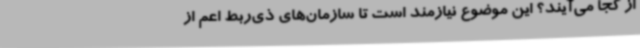
از کجا می‌آیند؟ این موضوع نیازمند است تا سازمان‌های ذی‌ربط اعم از